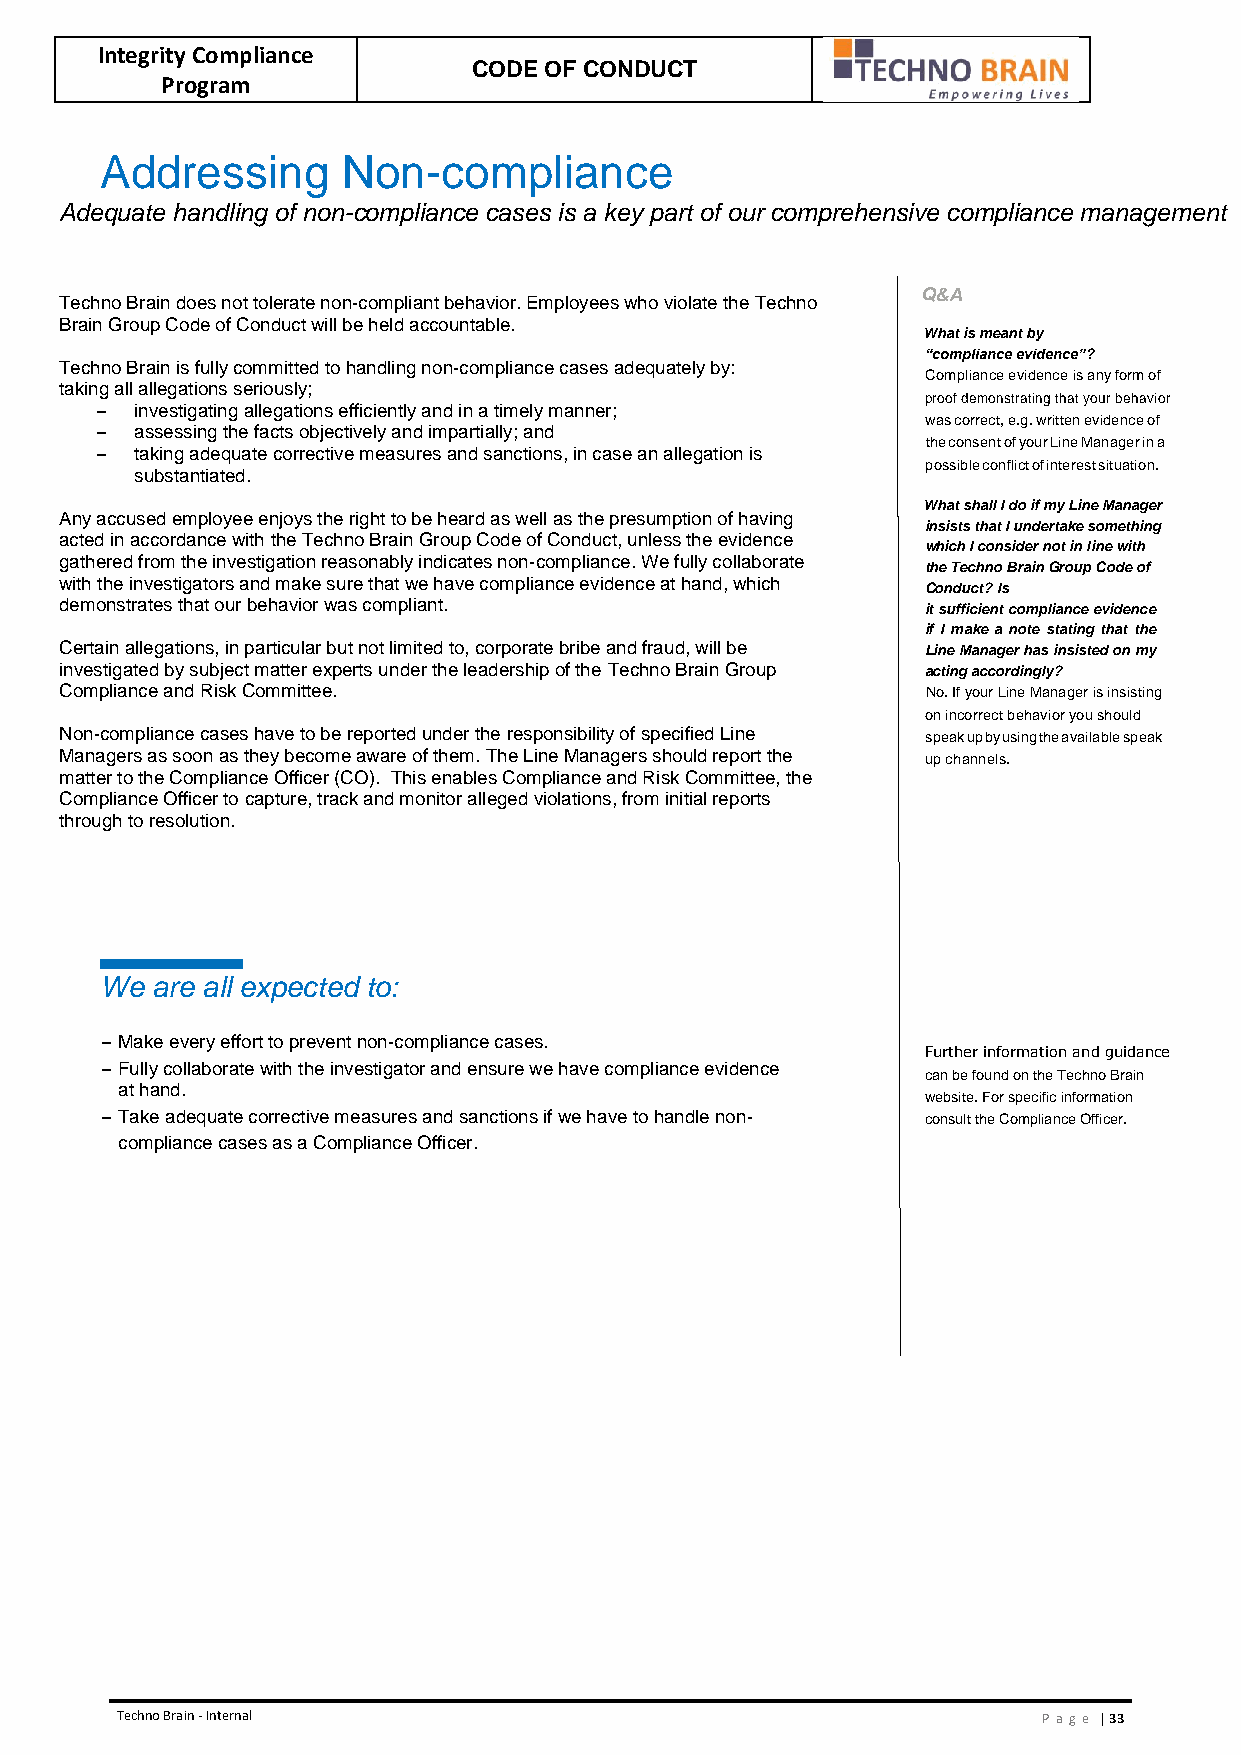
Integrity Compliance
 CODE OF CONDUCT
 Program
 Addressing      Non-compliance
 Adequate handling of non-compliance cases is a key part of our comprehensive compliance management
 Q&A
 Techno Brain does not tolerate non-compliant behavior. Employees who violate the Techno
 Brain Group Code of Conduct will be held accountable.
 What is meant by
 “compliance evidence”?
 Techno Brain is fully committed to handling non-compliance cases adequately by:
 Compliance evidence is any form of
 taking all allegations seriously;
 proof demonstrating that your behavior
 –  investigating allegations efficiently and in a timely manner;
 was correct, e.g. written evidence of
 –  assessing the facts objectively and impartially; and
 the consent of your Line Manager in a
 –  taking adequate corrective measures and sanctions, in case an allegation is
 possible conflict of interest situation.
 substantiated.
 What shall I do if my Line Manager
 Any accused employee enjoys the right to be heard as well as the presumption of having
 insists that I undertake something
 acted in accordance with the Techno Brain Group Code of Conduct, unless the evidence
 which I consider not in line with
 gathered from the investigation reasonably indicates non-compliance. We fully collaborate
 the Techno Brain Group Code of
 with the investigators and make sure that we have compliance evidence at hand, which
 Conduct? Is
 demonstrates that our behavior was compliant.            it sufficient compliance evidence
 if I make a note stating that the
 Certain allegations, in particular but not limited to, corporate bribe and fraud, will be Line Manager has insisted on my
 investigated by subject matter experts under the leadership of the Techno Brain Group acting accordingly?
 Compliance and Risk Committee.                           No. If your Line Manager is insisting
 on incorrect behavior you should
 Non-compliance cases have to be reported under the responsibility of specified Line speak up by using the available speak
 Managers as soon as they become aware of them. The Line Managers should report the up channels.
 matter to the Compliance Officer (CO). This enables Compliance and Risk Committee, the
 Compliance Officer to capture, track and monitor alleged violations, from initial reports
 through to resolution.
 We are all expected to:
 – Make every effort to prevent non-compliance cases.
 Further information and guidance
 – Fully collaborate with the investigator and ensure we have compliance evidence
 can be found on the Techno Brain
 at hand.
 website. For specific information
 – Take adequate corrective measures and sanctions if we have to handle non- consult the Compliance Officer.
 compliance cases as a Compliance Officer.
 Techno Brain - Internal                                      Pa ge | 33